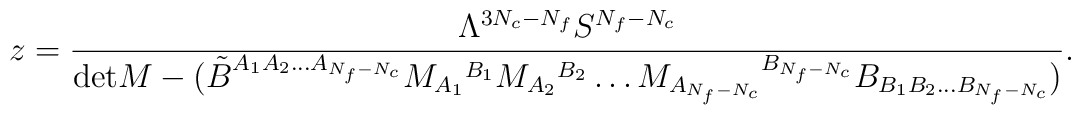
z=\frac{\Lambda^{3N_c-N_f}S^{N_f-N_c}}{\mbox{det} M - (\tilde B^{A_1 A_2\ldots A_{N_f-N_c}} M_{A_1}{}^{B_1}M_{A_2}{}^{B_2} \ldots M_{A_{N_f-N_c}}{}^{B_{N_f-N_c}}B_{B_1 B_2\ldots B_{N_f-N_c}})}.